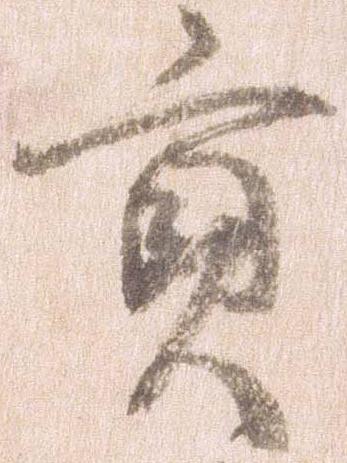
貢